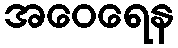
အဝေရေန